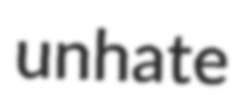
unhate